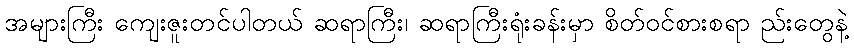
အများကြီး ကျေးဇူးတင်ပါတယ် ဆရာကြီး၊ ဆရာကြီးရုံးခန်းမှာ စိတ်ဝင်စားစရာ ည်းတွေနဲ့